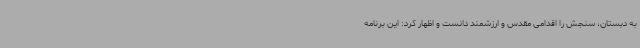
به دبستان، سنجش را اقدامی مقدس و ارزشمند دانست و اظهار کرد: این برنامه